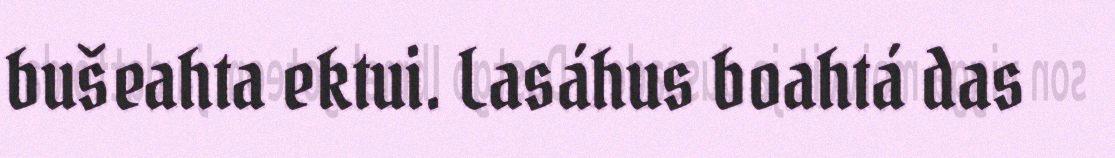
bušeahta ektui. Lasáhus boahtá das